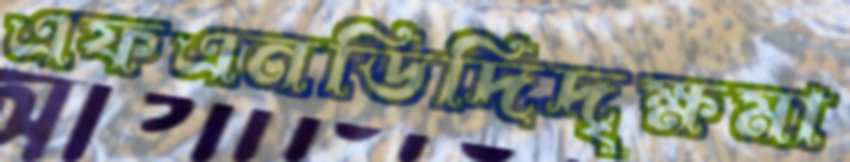
এফএনডিদিদৃক্ষমা